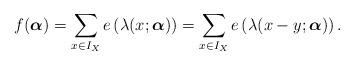
LaTeX: \begin{align*}f(\boldsymbol{\alpha}) = \sum_{x \in I_X} e \left( \lambda(x; \boldsymbol{\alpha} ) \right)=\sum_{x \in I_X} e \left( \lambda(x - y; \boldsymbol{\alpha} ) \right).\end{align*}